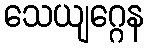
သေယျဂ္ဂေန